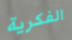
الفكرية